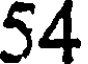
54